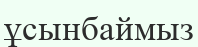
ұсынбаймыз